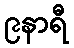
၉နာရီ